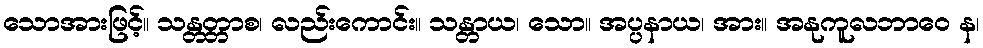
သောအားဖြင့်။ သန္တတ္တာစ၊ လည်းကောင်း။ သန္တာယ၊ သော။ အပ္ပနာယ၊ အား။ အနုကူလဘာဝေ န၊